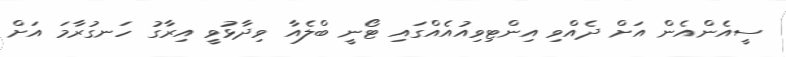
ސީއެންއެން އަށް ދެއްވި އިންޓިވިއުއެއްގައި ޓޯނީ ބްލެއާ ވިދާޅުވީ އިރާގު ހަނގުރާމަ އަށް